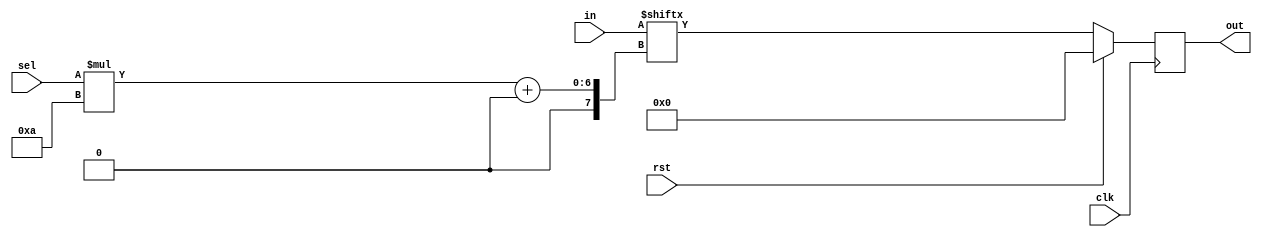
/********************************************************************************
// @project       Object Detection & Tracking Uint(ODTU)
// @filename      args_mux.v
// @author        3book
// @description   
// @created       2020-03-23T08:17:09.354Z+08:00
// @copyright     Copyright (c) 2019 
// @last-modified 2020-03-31T22:19:09.436Z+08:00
*******************************************************************************/

// latency=1
`timescale 1ns/100ps
module args_mux #(
parameter W = 10,   //argument Data Width
parameter N = 4     //argument Number
)(
input               clk,
input               rst,
input   [$clog2(N)-1:0]   sel,
input   [W*N-1:0]   in,
output  [W-1:0]   out
);
reg [W-1:0]   s_out; 
integer	 i;
// always @(*) begin
always @(posedge clk) begin
    if ( rst == 1'b1 )begin
        s_out <= 'b0;
    end else begin
            s_out <= in[sel*W+:W];
        // for ( i = 0; i < N; i = i+1 )begin
        //     if( sel == i )begin
        //     end else begin
        //         s_out <= in[i*0+:W];
            // end
        // end
    end
end
assign out=s_out;
// args_delay #(
// .WIDTH  (W      ),
// .DELAY  (1      )
// )args_delay_inst(
// .clk    (clk    ),//clock
// .in     (s_out  ),
// .out    (out    )
// );

endmodule